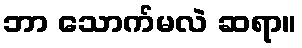
ဘာ သောက်မလဲ ဆရာ။